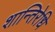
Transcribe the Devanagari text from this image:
शान्तिरेधि